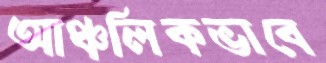
আঞ্চলিকভাবে